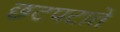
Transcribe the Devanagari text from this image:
छटपटाते